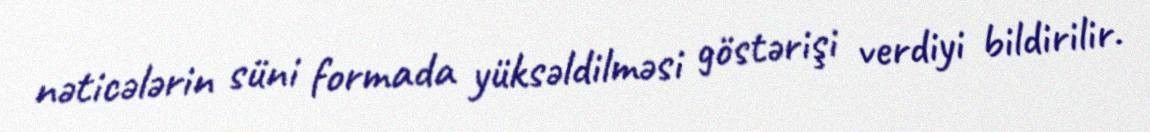
nəticələrin süni formada yüksəldilməsi göstərişi verdiyi bildirilir.